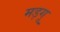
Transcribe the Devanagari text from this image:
मड़गू